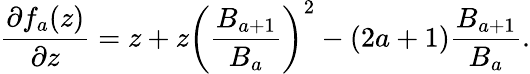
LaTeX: \frac{\partial f_{a}(z)}{\partial z}=z+z\bigg(\frac{B_{a+1}}{B_{a}}\bigg)^{2}-(2a+1)\frac{B_{a+1}}{B_{a}}.